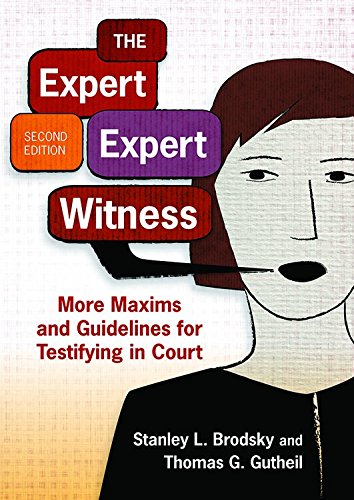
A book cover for The Expert Expert Witness: More Maxims and Guidelines for Testifying in Court; Stanley L. Brodsky and Thomas G. Gutheil; Medical Books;